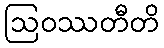
ဩဝဿတီတိ